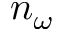
n _ { \omega }